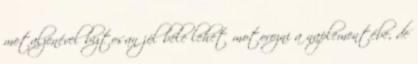
metalzenével biztosan jól bele lehet motorozni a naplementébe, de